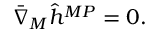
\bar { \nabla } _ { M } \hat { h } ^ { M P } = 0 .